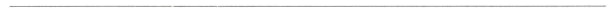
___